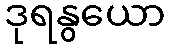
ဒုရနွယော